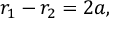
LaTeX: r _ { 1 } - r _ { 2 } = 2 a , \,